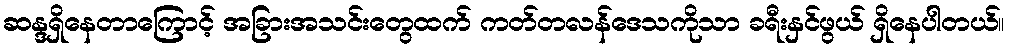
ဆန္ဒရှိနေတာကြောင့် အခြားအသင်းတွေထက် ကတ်တလန်ဒေသကိုသာ ခရီးနှင်ဖွယ် ရှိနေပါတယ်။